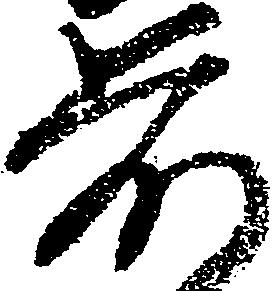
前